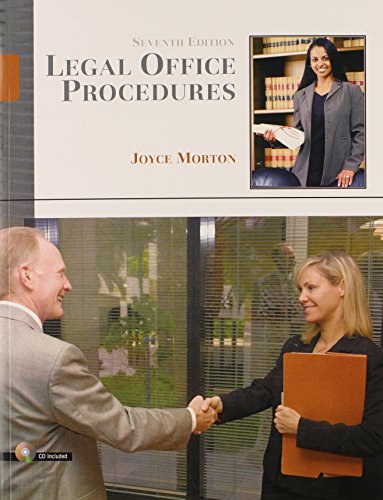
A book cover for Legal Office Procedures (7th Edition); Joyce Morton Ed.D.; Law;